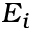
E _ { i }